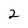
Character: 2